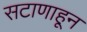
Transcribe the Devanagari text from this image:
सटाणाहून